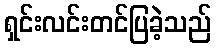
ရှင်းလင်းတင်ပြခဲ့သည်